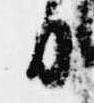
白